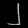
Digit: ၂